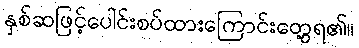
နှစ်ဆဖြင့်ပေါင်းစပ်ထားကြောင်းတွေ့ရ၏။